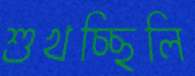
শুখচ্ছিলি